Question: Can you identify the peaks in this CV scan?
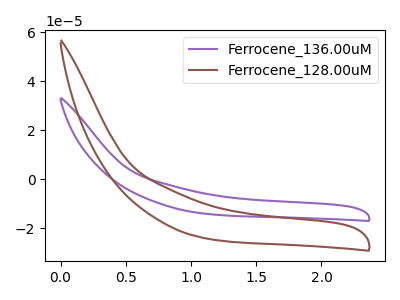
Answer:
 <answer>The purple curve "Ferrocene_136.00uM" has no peaks. The brown curve "Ferrocene_128.00uM" has no peaks.</answer>
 <eval></eval>